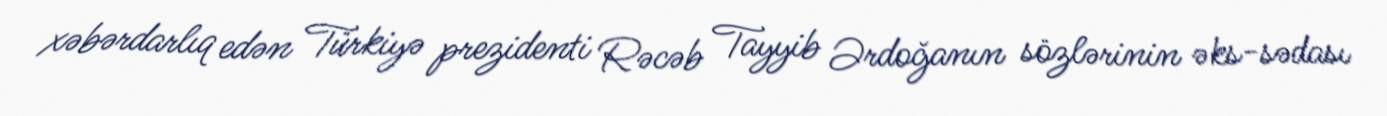
xəbərdarlıq edən Türkiyə prezidenti Rəcəb Tayyib Ərdoğanın sözlərinin əks-sədası